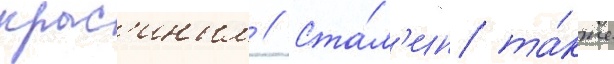
крас'иным // Ста́л'ин та́кже